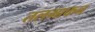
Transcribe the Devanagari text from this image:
तलमाकन